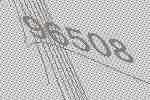
96508